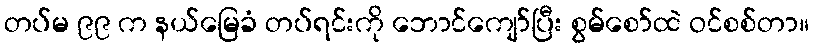
တပ်မ ၉၉ က နယ်မြေခံ တပ်ရင်းကို ဘောင်ကျော်ပြီး စွမ်စော်ထဲ ဝင်စစ်တာ။